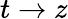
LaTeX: t\to z